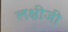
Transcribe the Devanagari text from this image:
लक्षीजी